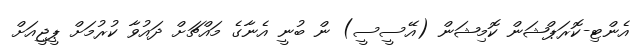
އެންޓި-ކޮރަޕްޝަން ކޮމިޝަން (އޭސީސީ) ން ބުނީ އެނާގެ މައްޗަށް ދައުވާ ކުރުމަށް ޕީޖީއަށް